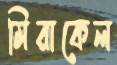
মিরাকেল